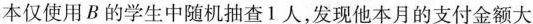
本仅使用B的学生中随机抽查1人，发现他本月的支付金额大